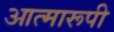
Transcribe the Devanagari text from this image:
आत्मारूपी